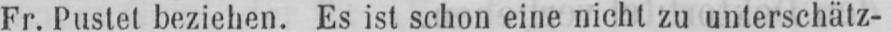
Fr. Pustet beziehen. Es ist schon eine nicht zu unterschätz-